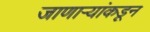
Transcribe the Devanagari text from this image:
जाणाऱ्यांकडून